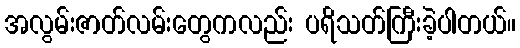
အလွမ်းဇာတ်လမ်းတွေကလည်း ပရိသတ်ကြီးခဲ့ပါတယ်။